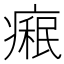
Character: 𤹋